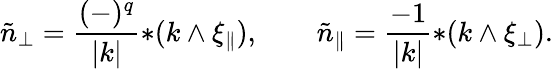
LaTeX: \tilde{n}_{\perp}=\frac{(-)^{q}}{|k|}{*(k\wedge\xi_{\| })},\qquad\tilde{n}_{\| }=\frac{-1}{|k|}{*(k\wedge\xi_{\perp})}.